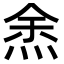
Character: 𭴯